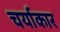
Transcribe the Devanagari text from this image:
चर्याकार